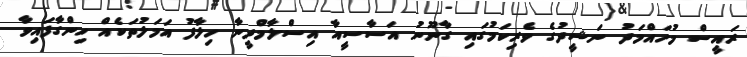
ރައީސް މުހައްމަދު ނަޝީދުގެ ވެރިކަމުގައި ގާނޫނު އަސާސީއާ އިސްލާމްދީނާ ހިލާފު އަމަލުތަކެއް ހިންގާފައިވާ